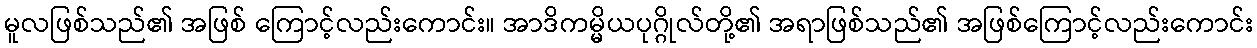
မူလဖြစ်သည်၏ အဖြစ် ကြောင့်လည်းကောင်း။ အာဒိကမ္မိယပုဂ္ဂိုလ်တို့၏ အရာဖြစ်သည်၏ အဖြစ်ကြောင့်လည်းကောင်း